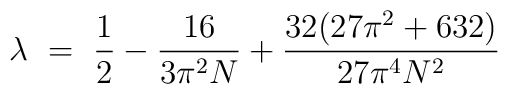
\lambda ~=~ \frac{1}{2} - \frac{16}{3\pi^2N} + \frac{32(27\pi^2+632)}{27\pi^4N^2}